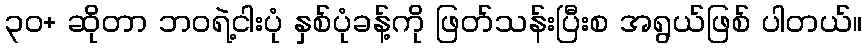
၃၀+ ဆိုတာ ဘဝရဲ့ငါးပုံ နှစ်ပုံခန့်ကို ဖြတ်သန်းပြီးစ အရွယ်ဖြစ် ပါတယ်။